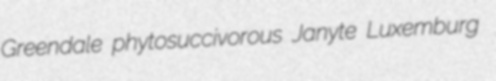
Greendale phytosuccivorous Janyte Luxemburg